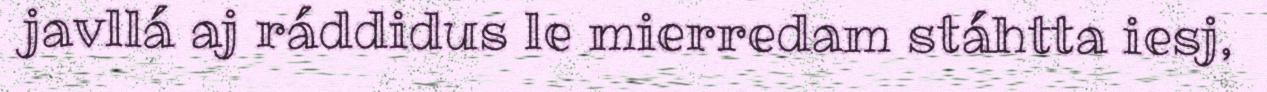
javllá aj ráddidus le mierredam stáhtta iesj,